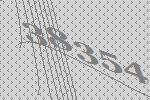
38354